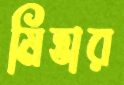
মিত্তার